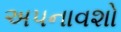
અપનાવશો